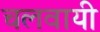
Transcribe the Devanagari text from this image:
चलवायी